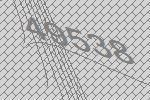
49538